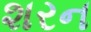
શરન